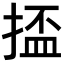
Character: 𫽗